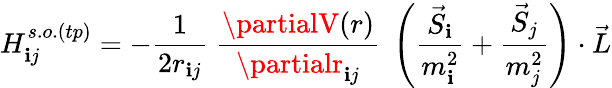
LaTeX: H_{\mathbf{i}j}^{s.o.(tp)}=-{\frac{{1}}{{2r_{\mathbf{i}j}}}}\; {\frac{{\partialV(r)}}{{\partialr_{\mathbf{i}j}}}}\; \left({{\frac{{\vec{{S}}_{\mathbf{i}}}}{{m_{\mathbf{i}}^{2}}}}+{\frac{{\vec{{S}}_{j}}}{{m_{j}^{2}}}}}\right)\cdot\vec{{L}}